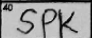
Transcription: SPK